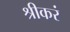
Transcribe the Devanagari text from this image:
श्रीकरं